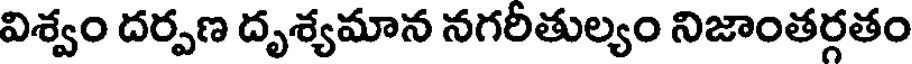
విశ్వం దర్పణ దృశ్యమాన నగరీతుల్యం నిజాంతర్గతం